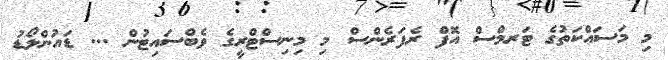
މި މަސައްކަތުގެ ޓަރމްސް އޮފް ރެފަރެންސް މި މިނިސްޓްރީގެ ވެބްސައިޓުން ... ޑައުންލޯޑު